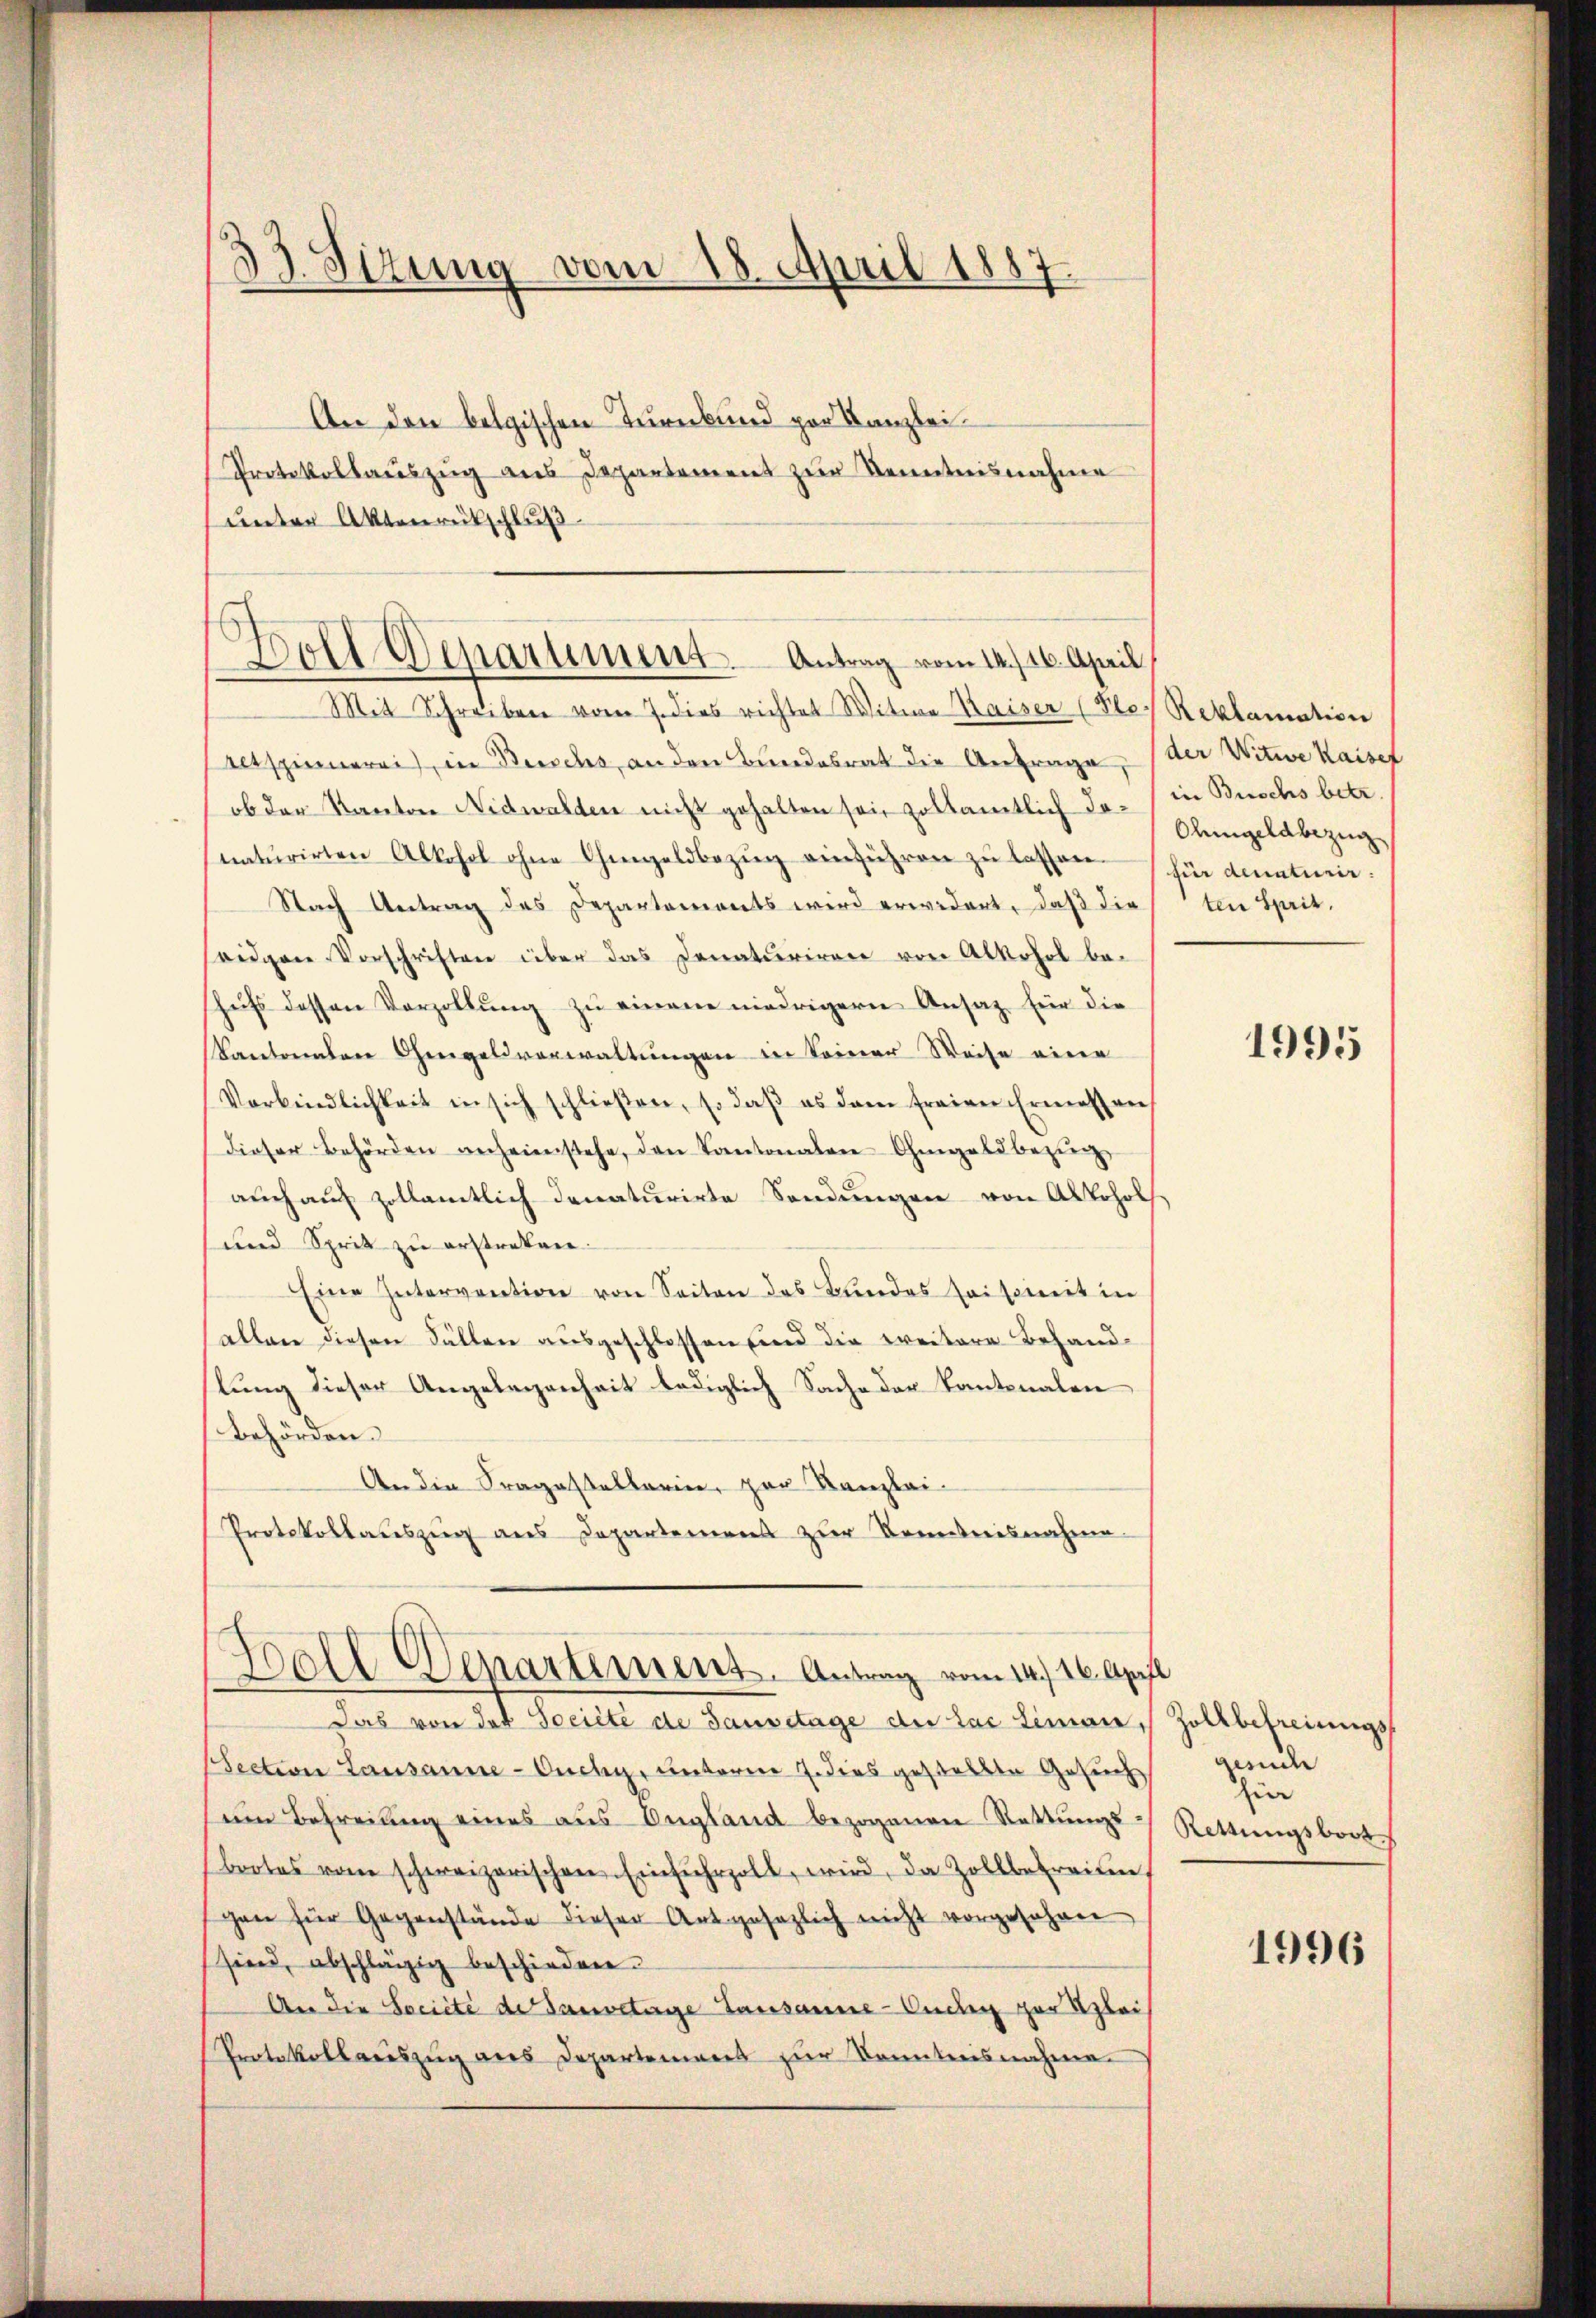
33. Sizung vom 18. April 1887.

An den belgischen Turnkund par Kanzlei-
Protokollaŭszŭg aŭs Departement zur Kenntnisnahme
unter Aktenrütschluß

Boll Departement. Antrag vom 14. 16. April

Mit Schreiben vom 7. dies richtet Witwe Kaiser (Ple Reklamation
Aetspinnerei, in Buschs, an den Bundesrat die Antrage,
ob der Kanton Nidwalden nicht gehalten sei, soltamtlich danatŭrirten Alkohol ohne Ohmgeldbezŭg einführen zŭ lassen.
Nach Antrag des Departements wird erwidert, daß die
seidgen Vorschriften über das Senaturieren von Alkohol beshufs dessen Vorzollung zu einem niedrigern Ansatz für die
Kantonalen Ghergeld verwaltungen in keiner Weise einer
Verbindlichkeit in sich schlieβen, so daβ es dem freien Ermessen
dieser Behörden anheienstehe, den Kantonalen-Ohmgeld bezi
auch auch zollamtlich denaturirte Sendungen von Alkohol
und Sprit zu erstreken.
Eine Intervention von Seiten des Bundes saisireit in
allen diesen Fällen ausgeschlossen und die weitere Behandstung dieser Angelegenheit lediglich Sache der Kantonalen
Behörden.
An die Fragestellarin, zur Kanzlei-
Protokollauszug aus Departemens zur Kenntnisnahme
Soell Venartement. Antrag vom 14. 16. April
Das von der Société de Sausetage der Lac Limon,
section Lausanne-Ouchy, unterm 7. dies gestellte Gesuch
ein Befreiung eines aus England bezogenen Rettŭngs-
bootes vom schweizerischen Einfuhrzoll, wird, da Zollbetreiten,
gen für Gegenstände dieser Art gesezlich nicht vorgesehen
sind, abschlägig beschieden.
An die Société der Bauvetage Lausanne-Endig zur Klei¬
Protokollariszŭg ans Departemens zŭr Sonntensnahme.

der Witwe Kaisef
in Buschs betr.
Ohmgelabezug
für denaturir
ten Sprit.

1995

Zollbefreiungs
geude
hin
Rettungsboot

1996